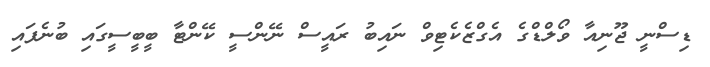
ޑިސްނީ ޖޫނިއާ ވޯލްޑްގެ އެގްޒެކެޓިވް ނައިބު ރައީސް ނޭންސީ ކޭންޓާ ބީބީސީގައި ބުނެފައި